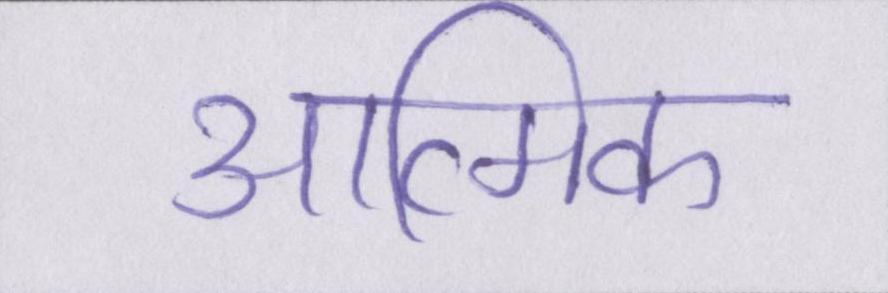
आत्मिक